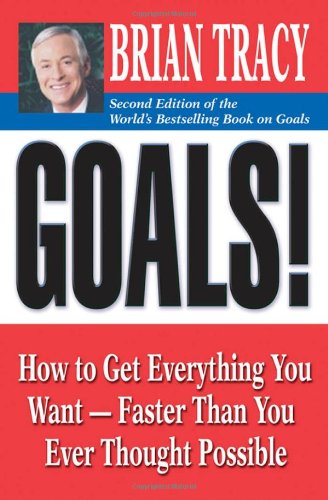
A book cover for Goals!: How to Get Everything You Want -- Faster Than You Ever Thought Possible; Brian Tracy; Health, Fitness & Dieting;